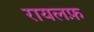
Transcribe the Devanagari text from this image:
रायलफ़